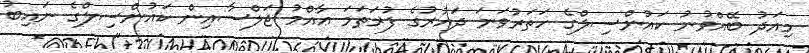
މިއަދު ބޭއްވުނު ކައުންސިލްގެ ހަތަރުވަނަ ދައުރުގެ ފުރަތަމަ ޢާއްމު ޖަލްސާއިން ކައުންސިލްގެ ނައިބު